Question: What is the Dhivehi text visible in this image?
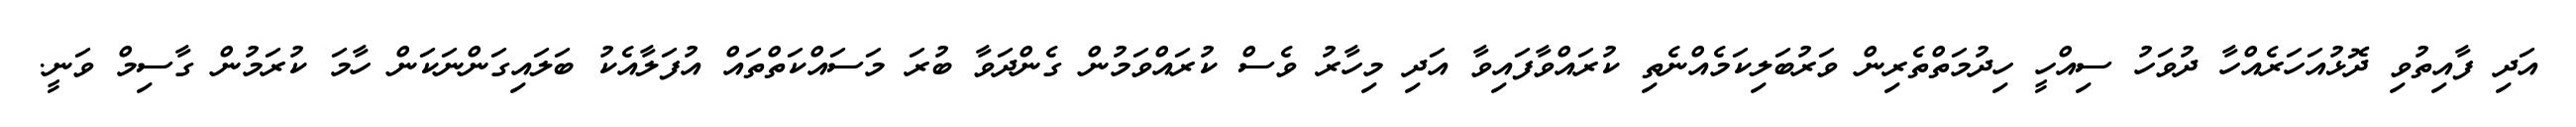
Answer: އަދި ފާއިތުވި ދޮޅުއަހަރެއްހާ ދުވަހު ސިއްހީ ހިދުމަތްތެރިން ވަރުބަލިކަމެއްނެތި ކުރައްވާފައިވާ އަދި މިހާރު ވެސް ކުރައްވަމުން ގެންދަވާ ބުރަ މަސައްކަތްތައް އުފަލާއެކު ބަލައިގަންނަކަން ހާމަ ކުރަމުން ގާސިމް ވަނީ.